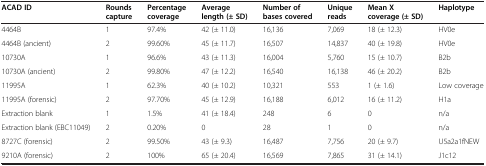
<table><thead><tr><td><b>ACAD ID</b></td><td><b>Rounds capture</b></td><td><b>Percentage coverage</b></td><td><b>Average length (± SD)</b></td><td><b>Number of bases covered</b></td><td><b>Unique reads</b></td><td><b>Mean X coverage (± SD)</b></td><td><b>Haplotype</b></td></tr></thead><tbody><tr><td>4464B</td><td>1</td><td>97.4%</td><td>42 (± 11.0)</td><td>16,136</td><td>7,069</td><td>18 (± 12.3)</td><td>HV0e</td></tr><tr><td>4464B (ancient)</td><td>2</td><td>99.60%</td><td>45 (± 11.7)</td><td>16,507</td><td>14,837</td><td>40 (± 19.8)</td><td>HV0e</td></tr><tr><td>10730A</td><td>1</td><td>96.6%</td><td>43 (± 11.3)</td><td>16,004</td><td>5,760</td><td>15 (± 10.7)</td><td>B2b</td></tr><tr><td>10730A (ancient)</td><td>2</td><td>99.80%</td><td>47 (± 12.2)</td><td>16,540</td><td>16,138</td><td>46 (± 20.2)</td><td>B2b</td></tr><tr><td>11995A</td><td>1</td><td>62.3%</td><td>40 (± 10.2)</td><td>10,321</td><td>553</td><td>1 (± 1.6)</td><td>Low coverage</td></tr><tr><td>11995A (forensic)</td><td>2</td><td>97.70%</td><td>45 (± 12.9)</td><td>16,188</td><td>6,012</td><td>16 (± 11.2)</td><td>H1a</td></tr><tr><td>Extraction blank</td><td>1</td><td>1.5%</td><td>41 (± 18.4)</td><td>248</td><td>6</td><td>0</td><td>n/a</td></tr><tr><td>Extraction blank (EBC11049)</td><td>2</td><td>0.20%</td><td>0</td><td>28</td><td>1</td><td>0</td><td>n/a</td></tr><tr><td>8727C (forensic)</td><td>2</td><td>99.50%</td><td>43 (± 9.3)</td><td>16,487</td><td>7,756</td><td>20 (± 9.7)</td><td>U5a2a1fNEW</td></tr><tr><td>9210A (forensic)</td><td>2</td><td>100%</td><td>65 (± 20.4)</td><td>16,569</td><td>7,865</td><td>31 (± 14.1)</td><td>J1c12</td></tr></tbody></table>